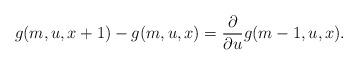
LaTeX: \begin{align*}g(m, u, x+1)-g(m, u,x)=\frac{\partial}{\partial u} g(m-1, u,x).\end{align*}